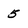
Character: 5